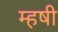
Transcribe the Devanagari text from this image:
म्हषी